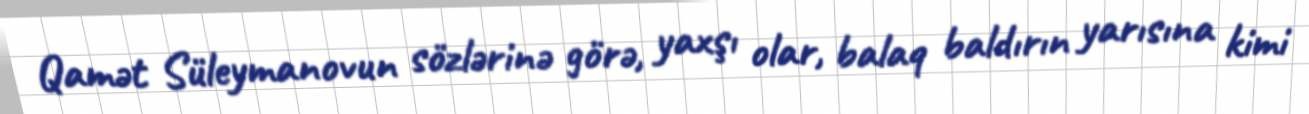
Qamət Süleymanovun sözlərinə görə, yaxşı olar, balaq baldırın yarısına kimi